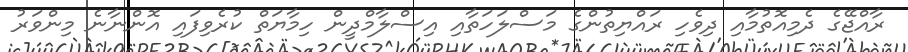
ރާއްޖޭގެ ދެމިއޮތުމާއި ދިވެހި ރައްޔިތުންގެ މަސްލަހަތާއި އިސްލާމްދީން ހިމާޔަތް ކުރެވިފައި އޮންނާނެ މިންވަރު